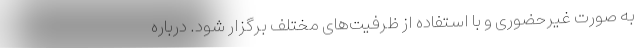
به صورت غیرحضوری و با استفاده از ظرفیت‌های مختلف برگزار شود. درباره